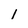
Character: 1